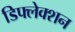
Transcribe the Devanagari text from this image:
डिफ्लेक्शन